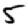
Digit: 5